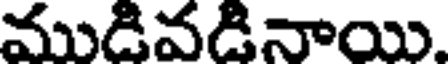
ముడివడినాయి.